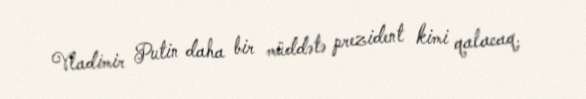
Vladimir Putin daha bir müddətə prezident kimi qalacaq.